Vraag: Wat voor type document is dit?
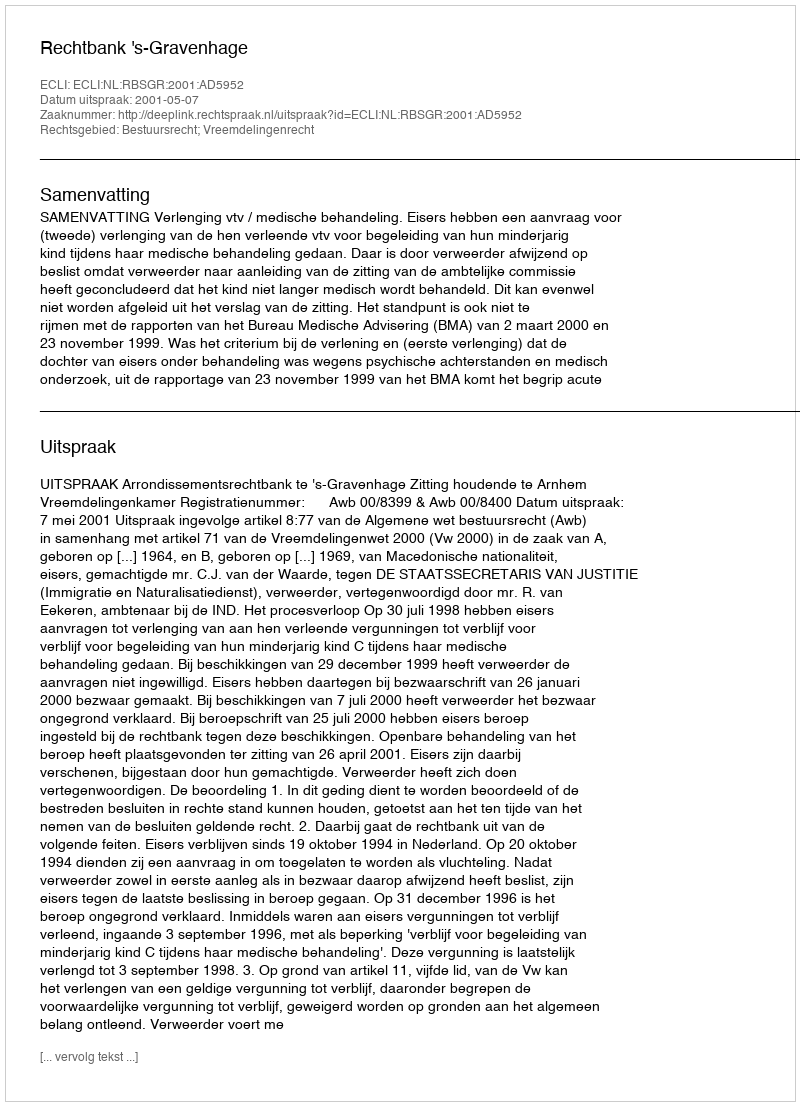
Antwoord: Uitspraak